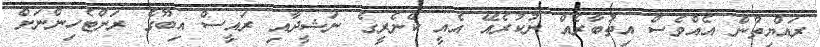
ރައްޔިތުން އެއްވެސް އިތުބާރެއް ނުކުރެއޭ އެއީ ކެނެރީގެ ނަޝީދާއި ރައީސް އިބޫގެ ރަށްޓެހިންނަށް